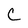
Character: C